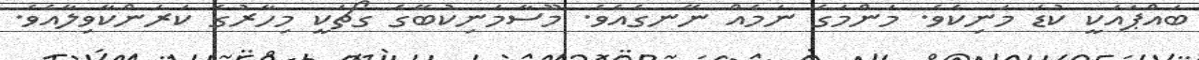
ބައްޕައަކީ ކުޑަ މަނިކެވެ. މަންމަގެ ނަމެއް ނޭނގެއެވެ. މޫސާމަނިކުބޭގެ ގޯޗަކީ މިހާރުގެ ކަރަންކާވިލާއެވެ.